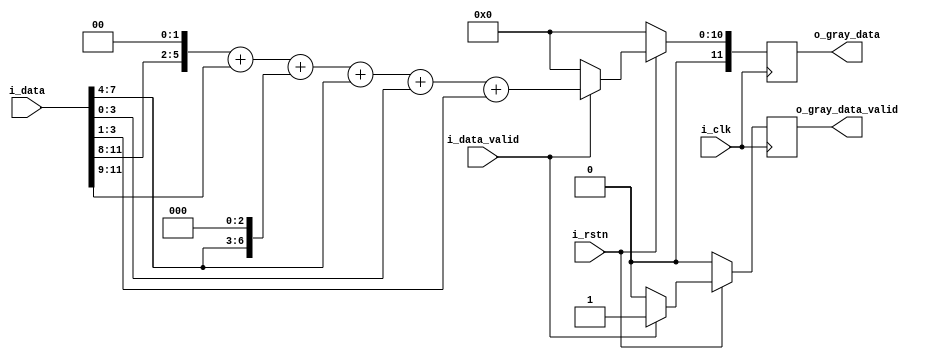
`timescale 1ns / 1ps
`default_nettype none

/*
 *  Converts RGB444 into grayscale
 *  using the luminosity method
 *  by the formula: 
 *  Grayscale = 0.299*R + 0.587*G + 0.114*B   
 *  
 *  Utilize bit-shifts and fixed-point arthmetic
 *  to reduce complexity, resources, while 
 *  still being somewhat precise
 *
 *  NOTE: 
 *  - Incoming pixel data format
 *     { R[3:0] , G[3:0], B[3:0]
 *  - Uses Q4.4 notation for fixed-point 
 * 
 */

module grayscale
    (   input wire         i_clk, 
        input wire         i_rstn, 
        
        input  wire [11:0] i_data,
        input  wire        i_data_valid, 
        
        output reg  [11:0] o_gray_data,
        output reg         o_gray_data_valid
    );
    
    wire [7:0] R;
    wire [7:0] G;
    wire [7:0] B;
    
    // Convert incoming RGB444 data into Q4.4 fixed-point format to increase resolution
    // to 1/16 = 0.0625 
    assign R = (i_data[11:8] << 4); 
    assign G = (i_data[7:4]  << 4);
    assign B = (i_data[3:0]  << 4);  
    
    always @(posedge i_clk)
    begin
        if(!i_rstn)
        begin
            o_gray_data       <= 0;
            o_gray_data_valid <= 0; 
        end
    else begin
        
        o_gray_data       <= 0;
        o_gray_data_valid <= 0; 
        
            if(i_data_valid)
            begin
                o_gray_data <= (R >> 2) + (R >> 5) +
                                (G >> 1) + (G >> 4) + 
                                (B >> 4) + (B >> 5); 
                o_gray_data_valid <= 1; 
            end 
        end
    end 
            
endmodule